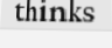
thinks